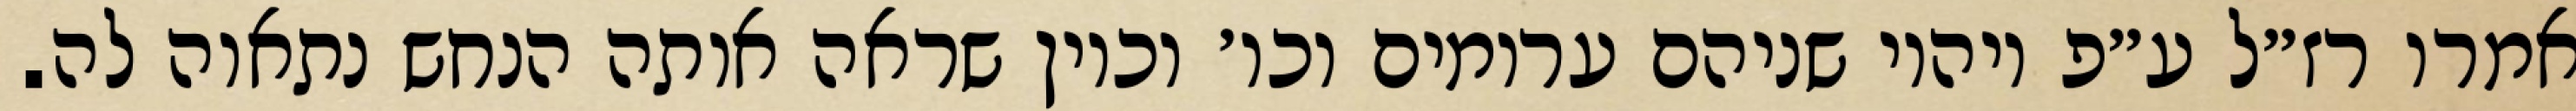
אמרו רז״ל ע״פ ויהיו שניהם ערומים וכו׳ וכיון שראה אותה הנחש נתאוה לה.